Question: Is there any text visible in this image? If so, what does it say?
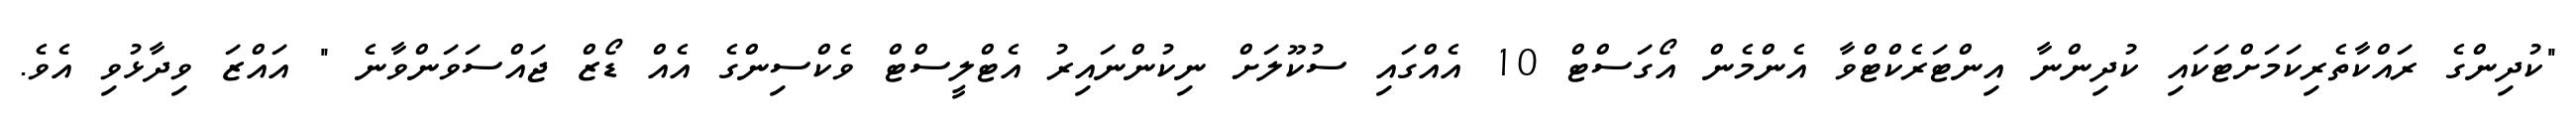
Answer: "ކުދިންގެ ރައްކާތެރިކަމަށްޓަކައި ކުދިންނާ އިންޓަރެކްޓްވާ އެންމެން އޯގަސްޓް 10 އެއްގައި ސުކޫލަށް ނިކުންނައިރު އެޓްލީސްޓް ވެކްސިންގެ އެއް ޑޯޒް ޖައްސަވަންވާނެ " އައްޒަ ވިދާޅުވި އެވެ.